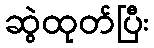
ဆွဲထုတ်ပြီး